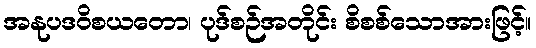
အနုပဒဝိစယတော၊ ပုဒ်စဉ်အတိုင်း စိစစ်သောအားဖြင့်။